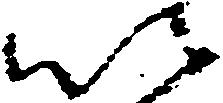
以